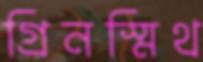
গ্রিনস্মিথ